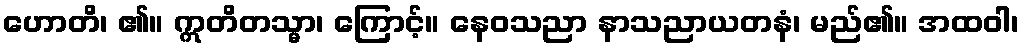
ဟောတိ၊ ၏။ ဣတိတသ္မာ၊ ကြောင့်။ နေဝသညာ နာသညာယတနံ၊ မည်၏။ အထဝါ၊